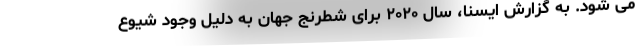
می شود. به گزارش ایسنا، سال ۲۰۲۰ برای شطرنج جهان به دلیل وجود شیوع